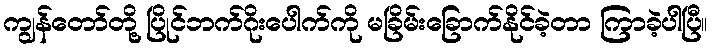
ကျွန်တော်တို့ ပြိုင်ဘက်ဂိုးပေါက်ကို မခြိမ်းခြောက်နိုင်ခဲ့တာ ကြာခဲ့ပါပြီ။